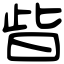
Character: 㫮